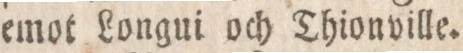
emot Longui och Thionville.